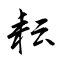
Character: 耘